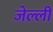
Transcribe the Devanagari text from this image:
जेल्ली